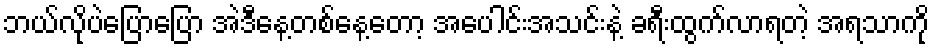
ဘယ်လိုပဲပြောပြော အဲဒီနေ့တစ်နေ့တော့ အပေါင်းအသင်းနဲ့ ခရီးထွက်လာရတဲ့ အရသာကို